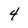
Character: 4